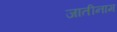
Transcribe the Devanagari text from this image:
जातीनाम